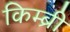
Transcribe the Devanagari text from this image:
किम्ब्री